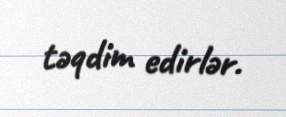
təqdim edirlər.